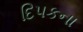
દિપકના